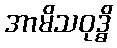
အာမိသဝုဒ္ဓိ